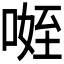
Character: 𭉐